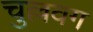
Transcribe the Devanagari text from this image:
चुल्लवग